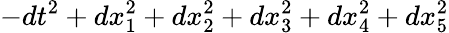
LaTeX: -dt^{2}+dx_{1}^{2}+dx_{2}^{2}+dx_{3}^{2}+dx_{4}^{2}+dx_{5}^{2}